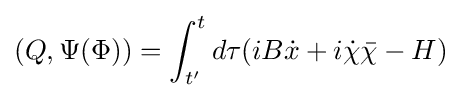
(Q,\Psi (\Phi ))=\int _{t'}^{t}d\tau (iB{\dot {x}}+i{\dot {\chi }}{\bar {\chi }}-H)